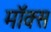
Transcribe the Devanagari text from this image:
मॉक्स